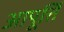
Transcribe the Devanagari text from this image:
आपूर्त्ति